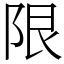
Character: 限